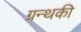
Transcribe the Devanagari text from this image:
ग्रन्थकी